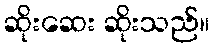
ဆိုးဆေး ဆိုးသည်။